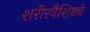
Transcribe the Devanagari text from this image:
शरीरवैशिष्ट्ये